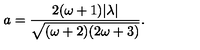
a = \frac { 2 ( \omega + 1 ) | \lambda | } { \sqrt { ( \omega + 2 ) ( 2 \omega + 3 ) } } .